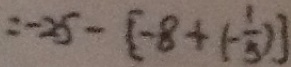
= - 2 5 - [ - 8 + ( - \frac { 1 } { 5 } ) ]